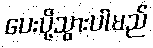
ပေးပို့သွားပါမည်